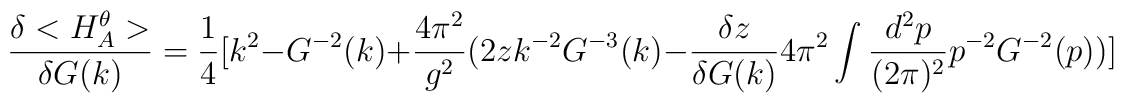
\frac{\delta <H_A^{\theta}>}{\delta G(k)}=\frac{1}{4}[k^2-G^{-2}(k)+\frac{4\pi^2}{g^2}(2zk^{-2}G^{-3}(k)-\frac{\delta z}{\delta G(k)}4\pi^2  \int \frac{d^2p}{(2\pi)^2}p^{-2}G^{-2}(p))]